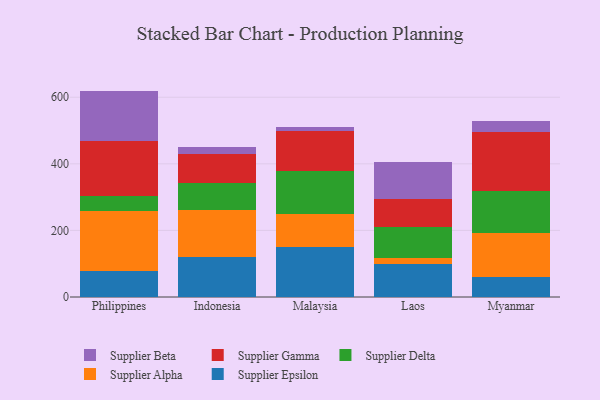
{"axis": {"x": "Country", "y": "Bounce Rate (%)"}, "legend": ["Supplier Alpha", "Supplier Beta", "Supplier Delta", "Supplier Epsilon", "Supplier Gamma"], "data": [{"x": "Philippines", "y": 79.0, "type": "Supplier Epsilon"}, {"x": "Philippines", "y": 179.1, "type": "Supplier Alpha"}, {"x": "Philippines", "y": 44.2, "type": "Supplier Delta"}, {"x": "Philippines", "y": 167.3, "type": "Supplier Gamma"}, {"x": "Philippines", "y": 149.6, "type": "Supplier Beta"}, {"x": "Indonesia", "y": 121.6, "type": "Supplier Epsilon"}, {"x": "Indonesia", "y": 141.0, "type": "Supplier Alpha"}, {"x": "Indonesia", "y": 78.8, "type": "Supplier Delta"}, {"x": "Indonesia", "y": 87.7, "type": "Supplier Gamma"}, {"x": "Indonesia", "y": 21.6, "type": "Supplier Beta"}, {"x": "Malaysia", "y": 148.9, "type": "Supplier Epsilon"}, {"x": "Malaysia", "y": 101.4, "type": "Supplier Alpha"}, {"x": "Malaysia", "y": 129.0, "type": "Supplier Delta"}, {"x": "Malaysia", "y": 120.6, "type": "Supplier Gamma"}, {"x": "Malaysia", "y": 10.9, "type": "Supplier Beta"}, {"x": "Laos", "y": 98.5, "type": "Supplier Epsilon"}, {"x": "Laos", "y": 19.0, "type": "Supplier Alpha"}, {"x": "Laos", "y": 92.5, "type": "Supplier Delta"}, {"x": "Laos", "y": 85.6, "type": "Supplier Gamma"}, {"x": "Laos", "y": 110.6, "type": "Supplier Beta"}, {"x": "Myanmar", "y": 60.2, "type": "Supplier Epsilon"}, {"x": "Myanmar", "y": 133.2, "type": "Supplier Alpha"}, {"x": "Myanmar", "y": 124.2, "type": "Supplier Delta"}, {"x": "Myanmar", "y": 178.1, "type": "Supplier Gamma"}, {"x": "Myanmar", "y": 34.2, "type": "Supplier Beta"}]}